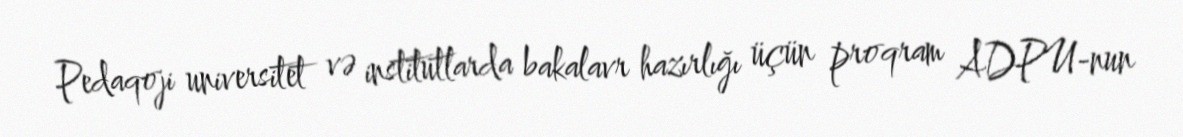
Pedaqoji universitet və institutlarda bakalavr hazırlığı üçün proqram ADPU-nun